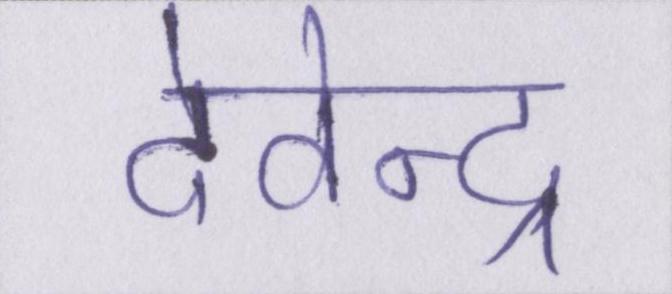
देवेन्द्र